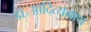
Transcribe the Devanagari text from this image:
डॉ॰आदित्यनाथ